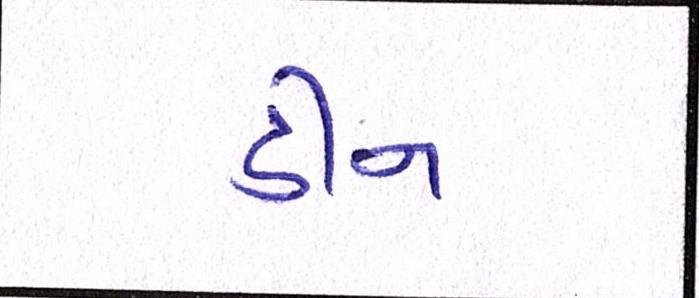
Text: ડીન